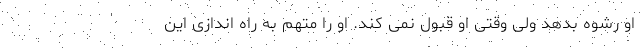
او رشوه بدهد ولی وقتی او قبول نمی کند. او را متهم به راه اندازی این